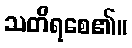
သတိရစေ၏။